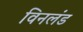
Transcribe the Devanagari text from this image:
विनलंड